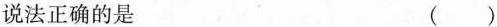
说法正确的是 ()